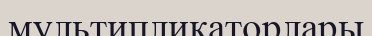
мультипликаторлары